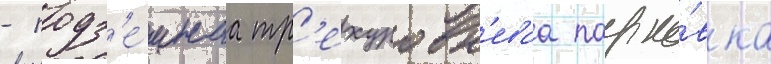
- подз'е́мнаа тр'ехуровн'еваа парко́вка